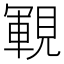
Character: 𧡡